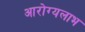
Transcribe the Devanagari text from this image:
आरोग्यलाभ